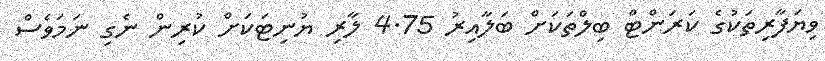
ވިޔަފާރިތަކުގެ ކަރަންޓް ބިލްތަކަށް ބަލާއިރު 4.75 ލާރި ޔުނިޓަކަށް ކުރިން ނެގި ނަމަވެސް